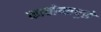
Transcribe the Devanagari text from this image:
फाचोच्सचुले